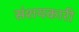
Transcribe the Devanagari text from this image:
संशयकारी